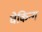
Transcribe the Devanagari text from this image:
चेकिन्ग